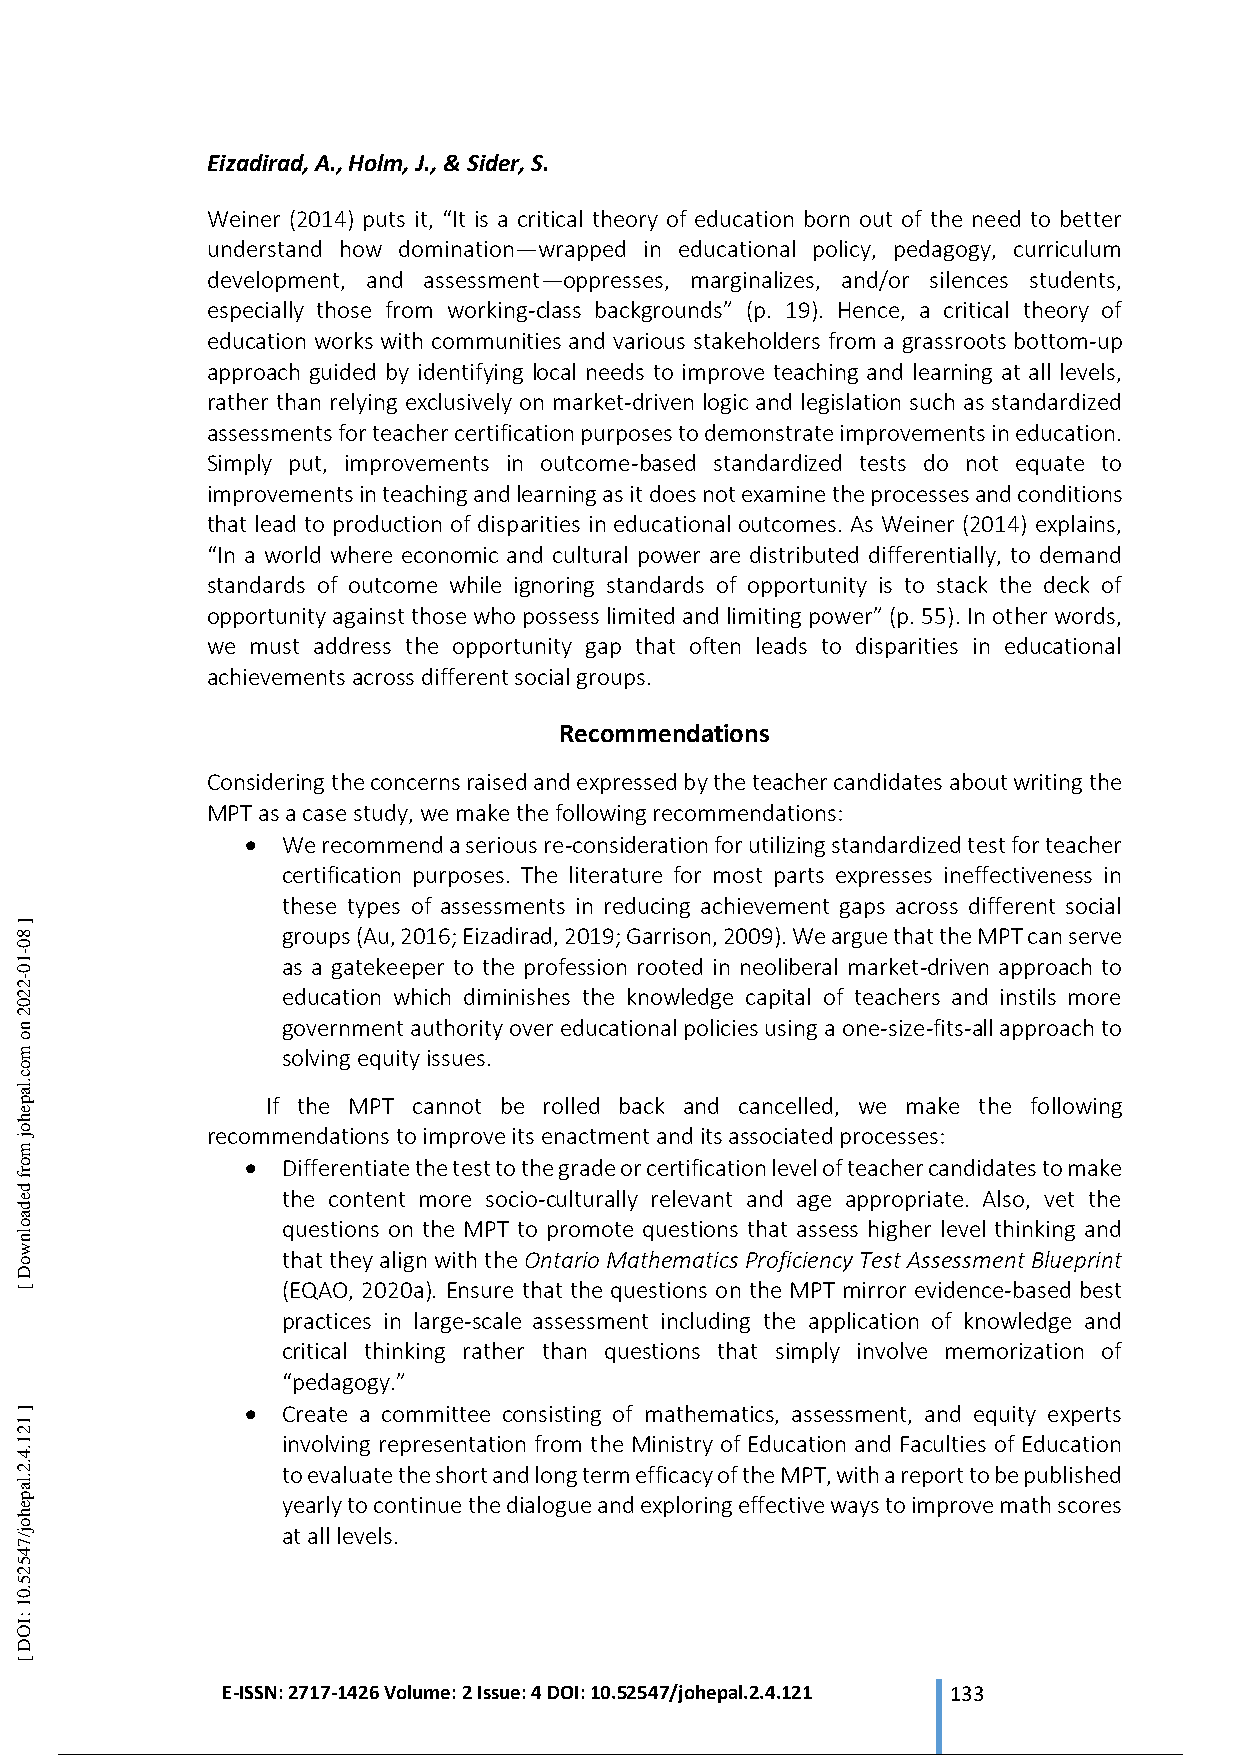
Eizadirad, A., Holm, J., & Sider, S.
 Weiner (2014) puts it, “It is a critical theory of education born out of the need to better
 understand how domination—wrapped in educational policy, pedagogy, curriculum
 development, and assessment—oppresses, marginalizes, and/or silences students,
 especially those from working-class backgrounds” (p. 19). Hence, a critical theory of
 education works with communities and various stakeholders from a grassroots bottom-up
 approach guided by identifying local needs to improve teaching and learning at all levels,
 rather than relying exclusively on market-driven logic and legislation such as standardized
 assessments for teacher certification purposes to demonstrate improvements in education.
 Simply put, improvements in outcome-based standardized tests do not equate to
 improvements in teaching and learning as it does not examine the processes and conditions
 that lead to production of disparities in educational outcomes. As Weiner (2014) explains,
 “In a world where economic and cultural power are distributed differentially, to demand
 standards of outcome while ignoring standards of opportunity is to stack the deck of
 opportunity against those who possess limited and limiting power” (p. 55). In other words,
 we must address the opportunity gap that often leads to disparities in educational
 achievements across different social groups.
 Recommendations
 Considering the concerns raised and expressed by the teacher candidates about writing the
 MPT as a case study, we make the following recommendations:
   We recommend a serious re-consideration for utilizing standardized test for teacher
 certification purposes. The literature for most parts expresses ineffectiveness in
 these types of assessments in reducing achievement gaps across different social
 groups (Au, 2016; Eizadirad, 2019; Garrison, 2009). We argue that the MPT can serve
 as a gatekeeper to the profession rooted in neoliberal market-driven approach to
 education which diminishes the knowledge capital of teachers and instils more
 government authority over educational policies using a one-size-fits-all approach to
 solving equity issues.
 If the MPT cannot be rolled back and cancelled, we make the following
 recommendations to improve its enactment and its associated processes:
   Differentiate the test to the grade or certification level of teacher candidates to make
 the content more socio-culturally relevant and age appropriate. Also, vet the
 questions on the MPT to promote questions that assess higher level thinking and
 that they align with the Ontario Mathematics Proficiency Test Assessment Blueprint
 (EQAO, 2020a). Ensure that the questions on the MPT mirror evidence-based best
 practices in large-scale assessment including the application of knowledge and
 critical thinking rather than questions that simply involve memorization of
 “pedagogy.”
   Create a committee consisting of mathematics, assessment, and equity experts
 involving representation from the Ministry of Education and Faculties of Education
 to evaluate the short and long term efficacy of the MPT, with a report to be published
 yearly to continue the dialogue and exploring effective ways to improve math scores
 at all levels.
 E-ISSN: 2717-1426 Volume: 2 Issue: 4 DOI: 10.52547/johepal.2.4.121 133
 14 / 20
 ]
 80-10-2202
 no
 moc.lapehoj
 morf
 dedaolnwoD
 [
 ]
 121.4.2.lapehoj/74525.01
 :IOD
 [